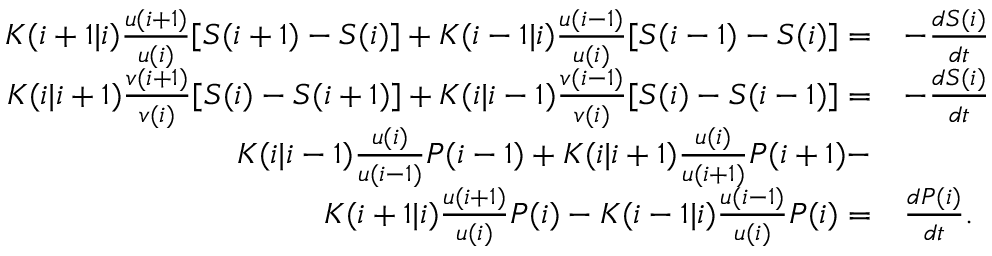
\begin{array} { r l } { K ( i + 1 | i ) \frac { u ( i + 1 ) } { u ( i ) } [ S ( i + 1 ) - S ( i ) ] + K ( i - 1 | i ) \frac { u ( i - 1 ) } { u ( i ) } [ S ( i - 1 ) - S ( i ) ] = } & { - \frac { d S ( i ) } { d t } } \\ { K ( i | i + 1 ) \frac { v ( i + 1 ) } { v ( i ) } [ S ( i ) - S ( i + 1 ) ] + K ( i | i - 1 ) \frac { v ( i - 1 ) } { v ( i ) } [ S ( i ) - S ( i - 1 ) ] = } & { - \frac { d S ( i ) } { d t } } \\ { K ( i | i - 1 ) \frac { u ( i ) } { u ( i - 1 ) } P ( i - 1 ) + K ( i | i + 1 ) \frac { u ( i ) } { u ( i + 1 ) } P ( i + 1 ) - } & { } \\ { K ( i + 1 | i ) \frac { u ( i + 1 ) } { u ( i ) } P ( i ) - K ( i - 1 | i ) \frac { u ( i - 1 ) } { u ( i ) } P ( i ) = } & { \frac { d P ( i ) } { d t } . } \end{array}